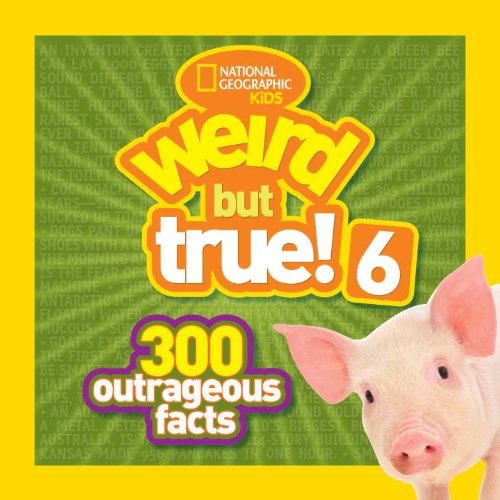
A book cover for National Geographic Kids Weird but True! 6: 300 Outrageous Facts; National Geographic Kids; Children's Books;